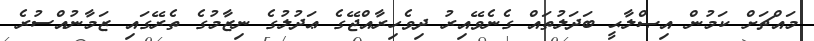
މައްޗަށް ކަމުން އިޞްލާޙީ ބަދަލުތައް ގެނެވޭއިރު ދިވެހިރާއްޖޭގެ ޢަދުލުގެ ނިޒާމުގެ ތެރޭގައި ޒަމާނުއްސުރެ